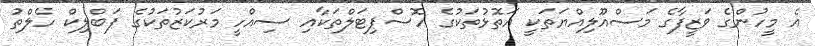
އެ މީހުންގެ ވަޒީފާގެ މަސްއޫލިއްޔަތަކީ އަތޮޅުތަކުގެ ހޮސްޕިޓަލްތަކާއި ސިއްހީ މަރުކަޒުތަކުގެ ޕަބްލިކް ހެލްތު